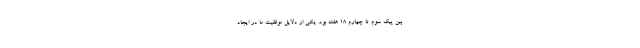
بین پیک سوم تا چهارم ۱۸ هفته بود. یکی از دلایل موفقیت ما در ایجاد